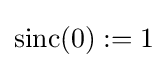
{\text{sinc}}(0):=1